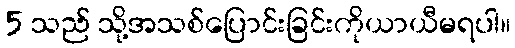
5 သည် သို့အသစ်ပြောင်းခြင်းကိုယာယီမရပါ။